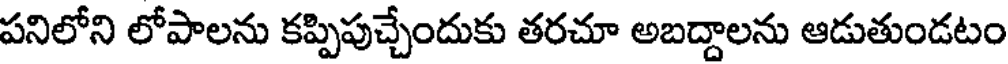
పనిలోని లోపాలను కప్పిపుచ్చేందుకు తరచూ అబద్దాలను ఆడుతుండటం